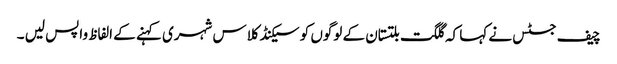
چیف جسٹس نے کہا کہ گلگت بلتستان کے لوگوں کو سیکنڈ کلاس شہری کہنے کے الفاظ واپس لیں ۔